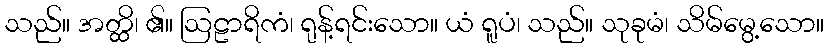
သည်။ အတ္ထိ၊ ၏။ ဩဠာရိကံ၊ ရုန့်ရင်းသော။ ယံ ရူပံ၊ သည်။ သုခုမံ၊ သိမ်မွေ့သော။